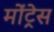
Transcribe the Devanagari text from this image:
मोंट्रेस